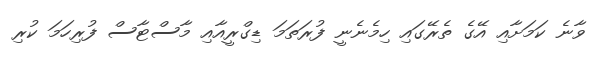
ވާނެ ކަމަށާއި އޭގެ ތެރޭގައި ހިމެނެނީ ފުރަތަމަ ޑިގްރީއާއި މާސްޓާސް ފުރިހަމަ ކުރި